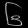
Digit: ၆